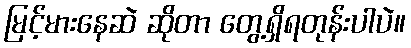
မြင့်မားနေဆဲ ဆိုတာ တွေ့ရှိရတုန်းပါပဲ။